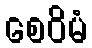
စေဝိမံ